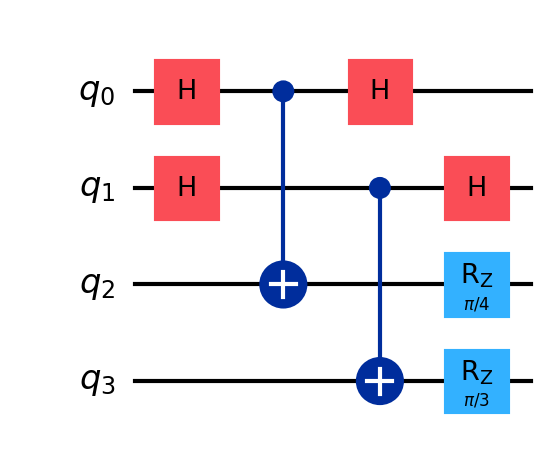
Description: Quantum timestamp: unforgeable time proof
描述: 量子时间戳：不可伪造的时间证明
Category: btc_quantum_security (difficulty: advanced)
Qubits: 4, circuit depth: 3
Blockchain relevance: btc_security

Braket implementation:
import math
from braket.circuits import Circuit
circuit = Circuit()
circuit.h(0).h(1)
circuit.cnot(0, 2).cnot(1, 3)
circuit.rz(2, math.pi/4).rz(3, math.pi/3)
circuit.h(0).h(1)